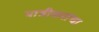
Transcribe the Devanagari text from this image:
पात्रीकरांचा